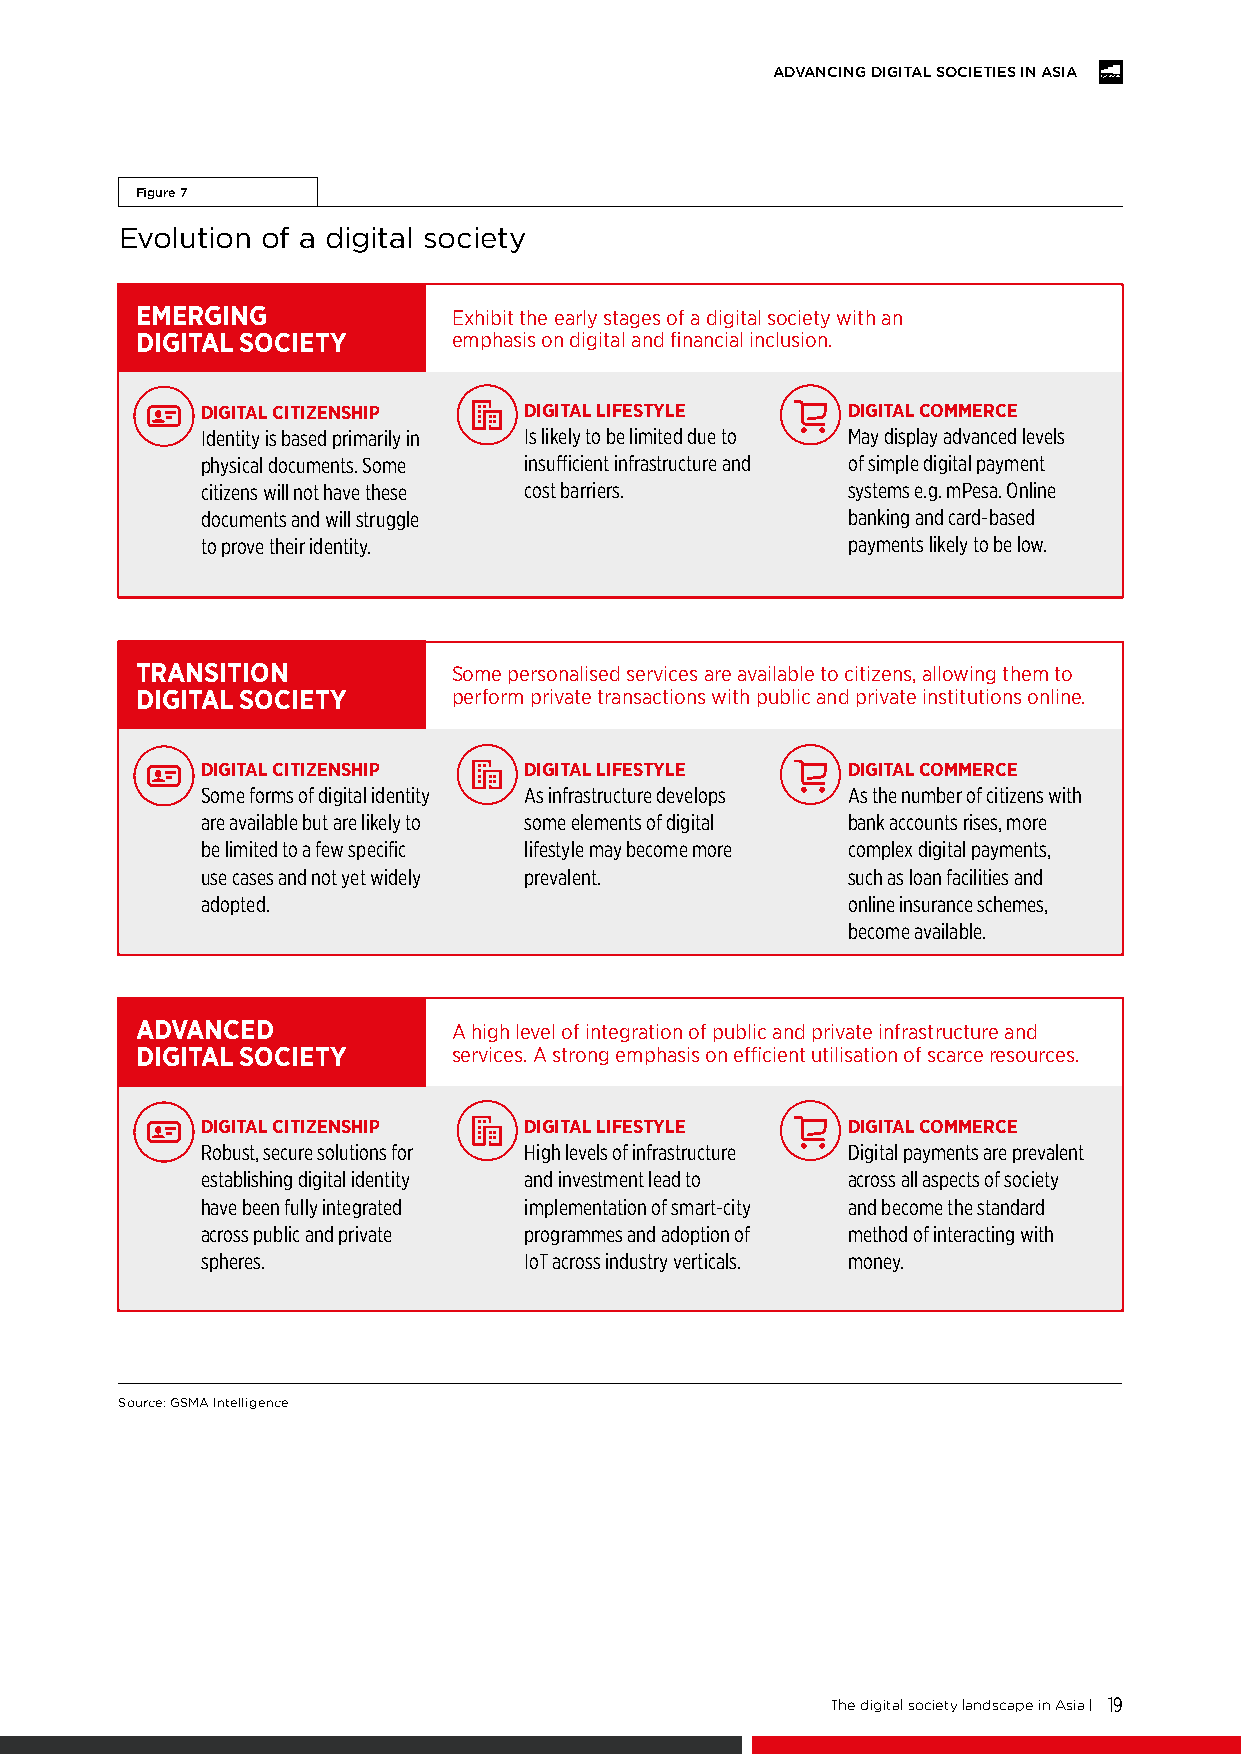
ADVANCING DIGITAL SOCIETIES IN ASIA
 Figure 7
 Evolution of a digital society
 EMERGING             Exhibit the early stages of a digital society with an
 DIGITAL SOCIETY      emphasis on digital and financial inclusion.
 DIGITAL CITIZENSHIP   DIGITAL LIFESTYLE    DIGITAL COMMERCE
 Identity is based primarily in Is likely to be limited due to May display advanced levels
 physical documents. Some insufficient infrastructure and of simple digital payment
 citizens will not have these cost barriers. systems e.g. mPesa. Online
 documents and will struggle                banking and card-based
 to prove their identity.                   payments likely to be low.
 TRANSITION           Some personalised services are available to citizens, allowing them to
 DIGITAL SOCIETY      perform private transactions with public and private institutions online.
 DIGITAL CITIZENSHIP   DIGITAL LIFESTYLE    DIGITAL COMMERCE
 Some forms of digital identity As infrastructure develops As the number of citizens with
 are available but are likely to some elements of digital bank accounts rises, more
 be limited to a few specific lifestyle may become more complex digital payments,
 use cases and not yet widely prevalent.    such as loan facilities and
 adopted.                                   online insurance schemes,
 become available.
 ADVANCED             A high level of integration of public and private infrastructure and
 DIGITAL SOCIETY      services. A strong emphasis on efficient utilisation of scarce resources.
 DIGITAL CITIZENSHIP   DIGITAL LIFESTYLE    DIGITAL COMMERCE
 Robust, secure solutions for High levels of infrastructure Digital payments are prevalent
 establishing digital identity and investment lead to across all aspects of society
 have been fully integrated implementation of smart-city and become the standard
 across public and private programmes and adoption of method of interacting with
 spheres.              IoT across industry verticals. money.
 Source: GSMA Intelligence
 The digital society landscape in Asia | 19